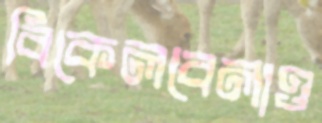
বিকেলবেলাও